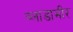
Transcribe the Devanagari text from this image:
व्लाडामीर